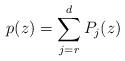
LaTeX: \begin{align*}p(z) = \sum_{j=r}^{d} P_j(z)\end{align*}